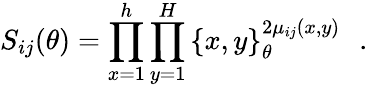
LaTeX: S_{ij}(\theta)=\prod_{x=1}^{h}\prod_{y=1}^{H}\left\{ x,y\right\} _{\theta}^{2\mu_{ij}(x,y)}\, \, \, \, .